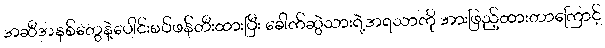
အဆီအနှစ်တွေနဲ့ပေါင်းစပ်ဖန်တီးထားပြီး ခေါက်ဆွဲသားရဲ့အရသာကို အားဖြည့်ထားတာကြောင့်